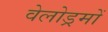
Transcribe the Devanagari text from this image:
वेलोड्रमों